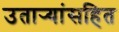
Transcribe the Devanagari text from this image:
उतार्‍यांसहित